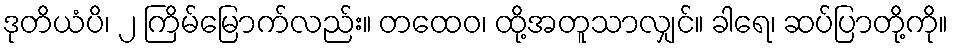
ဒုတိယံပိ၊ ၂ ကြိမ်မြောက်လည်း။ တထေဝ၊ ထို့အတူသာလျှင်။ ခါရေ၊ ဆပ်ပြာတို့ကို။